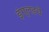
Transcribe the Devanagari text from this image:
इंग्लडचे